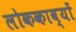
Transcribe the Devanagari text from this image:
लोककाव्यों